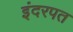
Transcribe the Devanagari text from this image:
इंदरपत